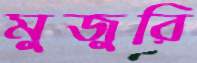
মুজুরি